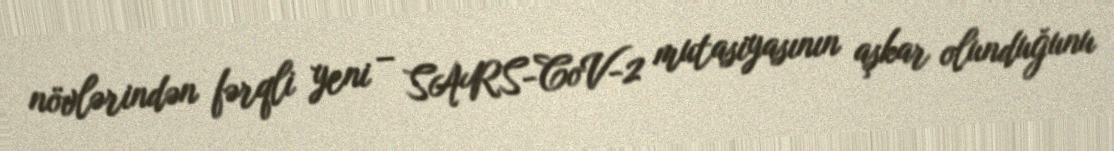
növlərindən fərqli yeni – SARS-CoV-2 mutasiyasının aşkar olunduğunu